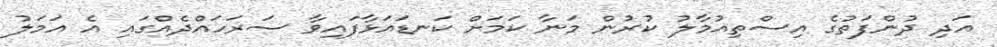
އަދި ދުންފަތުގެ އިސްތިއުމާލު ކުރުން މަނާ ކަމަށް ކަނޑައަޅާފައިވާ ސަރަހައްދެއްގައި އެ އަމަލު